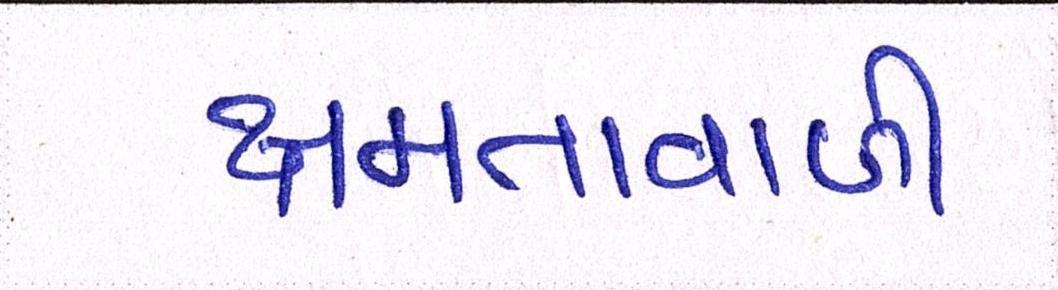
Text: ક્ષમતાવાળી